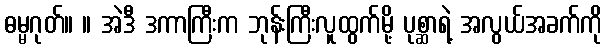
ဓမ္မဂုတ်။ ။ အဲဒီ ဒကာကြီးက ဘုန်းကြီးလူထွက်မို့ ပုစ္ဆာရဲ့ အလွယ်အခက်ကို